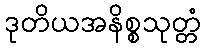
ဒုတိယအနိစ္စသုတ္တံ